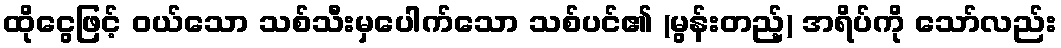
ထိုငွေဖြင့် ဝယ်သော သစ်သီးမှပေါက်သော သစ်ပင်၏ (မွန်းတည့်) အရိပ်ကို သော်လည်း